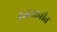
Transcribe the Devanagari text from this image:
रत्नखचीत